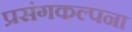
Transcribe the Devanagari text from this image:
प्रसंगकल्पना